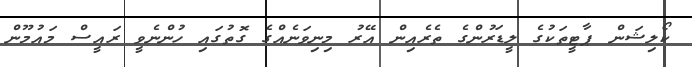
ކޯލިޝަން ޕާޓީތަކުގެ ލީޑަރުންގެ ތެރެއިން އޭރު މިނިވަނެއްގެ ގޮތުގައި ހުންނެވީ ރައީސް މައުމޫން